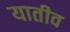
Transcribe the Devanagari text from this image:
यातीव